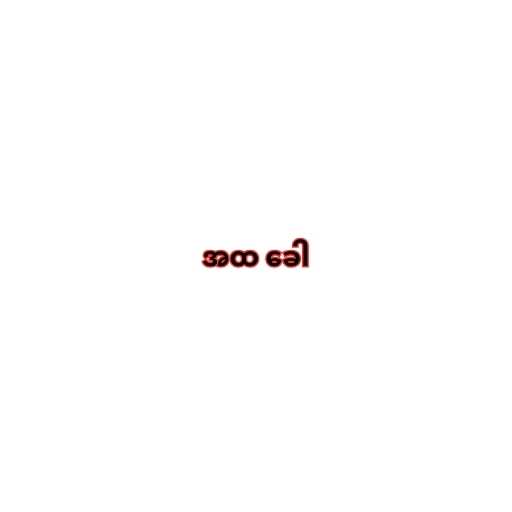
အထ ခေါ